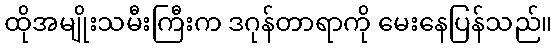
ထိုအမျိုးသမီးကြီးက ဒဂုန်တာရာကို မေးနေပြန်သည်။